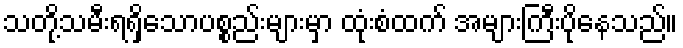
သတို့သမီးရရှိသောပစ္စည်းများမှာ ထုံးစံထက် အများကြီးပိုနေသည်။